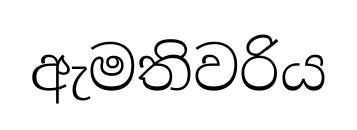
ඇමතිවරිය